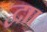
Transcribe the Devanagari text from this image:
द्वाा